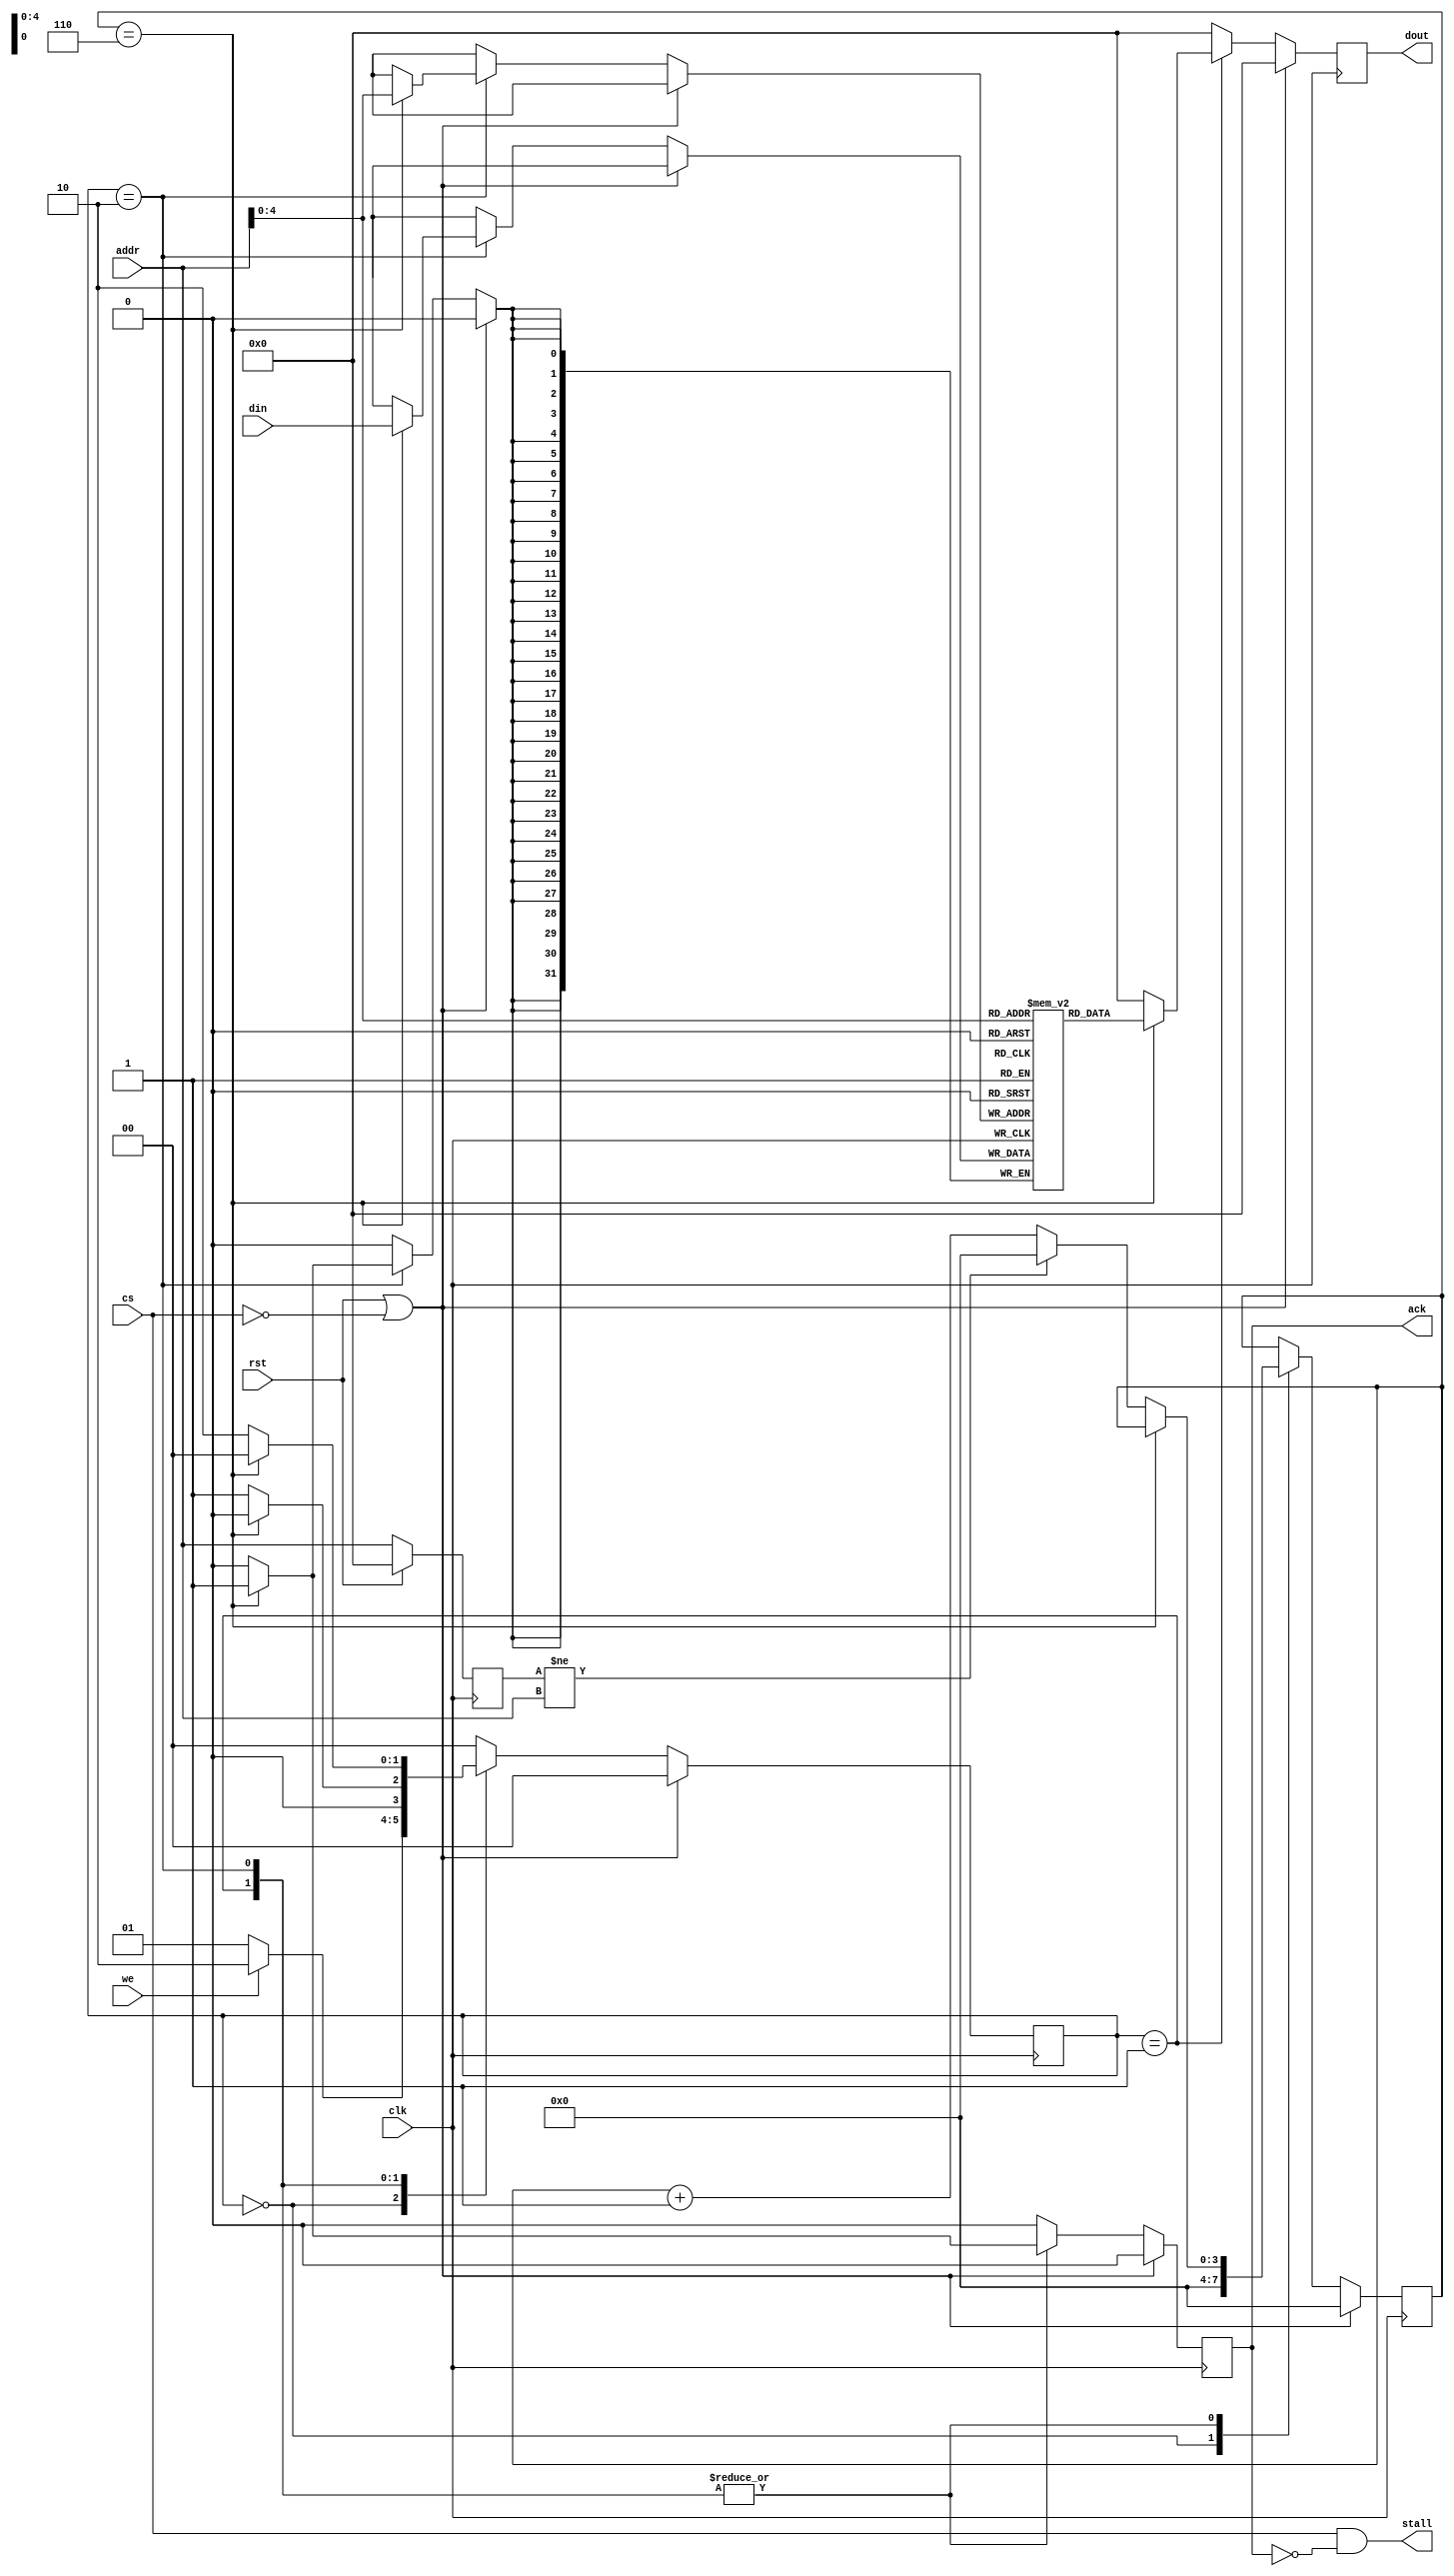
`timescale 1ns / 1ps
//////////////////////////////////////////////////////////////////////////////////
// Company: 
// Engineer: 
// 
// Design Name: 
// Module Name:    data_ram 
// Project Name: 
// Target Devices: 
// Tool versions: 
// Description: 
//
// Dependencies: 
//
// Revision: 
// Revision 0.01 - File Created
// Additional Comments: 
//
//////////////////////////////////////////////////////////////////////////////////
module data_ram (
	input wire clk,
	input wire rst,
	input wire cs,
	input wire we,
	input wire [31:0] addr,
	input wire [31:0] din,
	output reg [31:0] dout,
	output reg stall,
	output reg ack
	);
	
	parameter
		ADDR_WIDTH = 5,
		CLK_DELAY = 8;
	
	reg [31:0] data [0:(1<<ADDR_WIDTH)-1];
	reg [31:0] addr_buf = 0;
	reg [3:0] delay_count = 0;
	
	genvar i;
	generate for (i=0; i<(1<<ADDR_WIDTH); i=i+1) begin: RAM_INIT
		initial data[i] = i;
	end
	endgenerate
	
	always @(posedge clk) begin
		if (rst)
			addr_buf <= 0;
		else
			addr_buf <= addr;
	end
	
	localparam
		S_IDLE = 0,
		S_READ = 1,
		S_WRITE = 2;
	
	reg [1:0] state = 0;
	
	always @(posedge clk) begin
		dout <= 0;
		ack <= 0;
		state <= S_IDLE;
		if (rst || ~cs) begin
			delay_count <= 0;
		end
		else case (state)
			S_IDLE: begin
				delay_count <= 0;
				if (we)
					state <= S_WRITE;
				else
					state <= S_READ;
			end
			S_READ: begin
				if (delay_count == CLK_DELAY-2) begin
					dout <= data[addr];
					ack <= 1;
				end
				else if (addr_buf != addr) begin
					delay_count <= 0;
					state <= S_READ;
				end
				else begin
					delay_count <= delay_count + 1'h1;
					state <= S_READ;
				end
			end
			S_WRITE: begin
				if (delay_count == CLK_DELAY-2) begin
					data[addr] <= din;
					ack <= 1;
				end
				else if (addr_buf != addr) begin
					delay_count <= 0;
					state <= S_WRITE;
				end
				else begin
					delay_count <= delay_count + 1'h1;
					state <= S_WRITE;
				end
			end
		endcase
	end
	
	always @(*) begin
		stall = cs & (~ack);
	end
	
endmodule